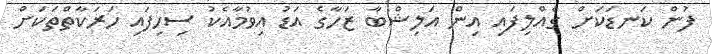
ފުން ކަނޑަކަށް ގެއްލިފައި އިން އަލިޝްބާ ޒަހާގެ އަޑު އިވުމާއެކު ސިހިފައި ހަރަކާތްތަކަށް